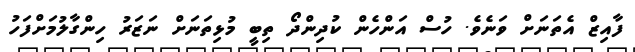
ފާއިޒް އެތަނަށް ވަނެވެ. ހުސް އަންހެން ކުދިންދޯ ތިބީ މުޅިތަނަށް ނަޒަރު ހިންގާލުމަށްފަހު